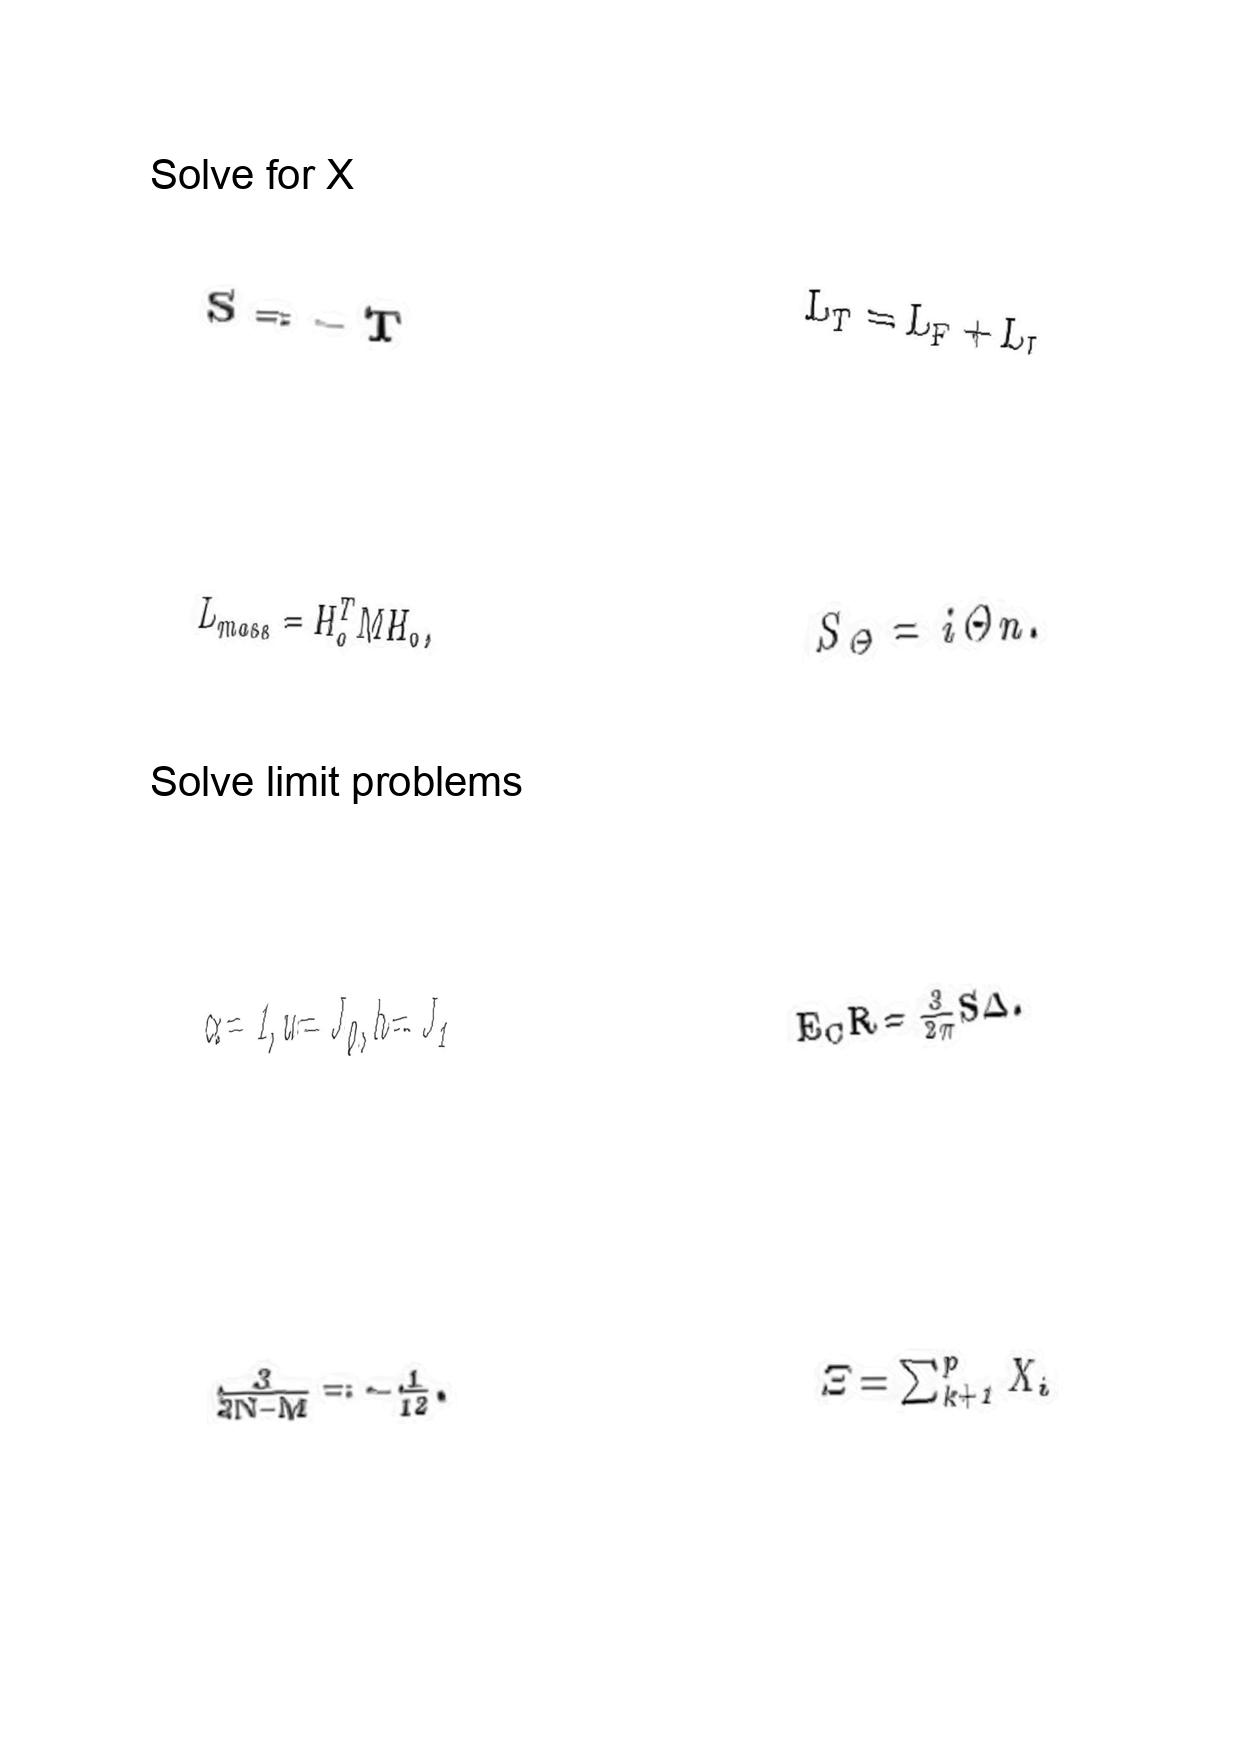
LaTeX transcription:
S = - T
L _ { m a s s } = H _ { 0 } ^ { T } M H _ { 0 } ,
\alpha = 1 , u = J _ { 0 } , h = J _ { 1 }
\frac { 3 } { 3 N - M } = - \frac { 1 } { 1 2 } .
L _ { T } = L _ { F } + L _ { I }
S _ { \Theta } = i \Theta n .
E _ { C } R = \frac { 3 } { 2 \pi } S \Delta .
\Xi = \sum _ { k + 1 } ^ { p } X _ { i }